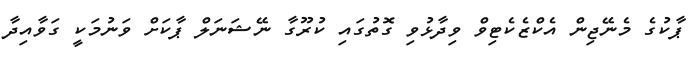
ޕާކުގެ މެނޭޖިން އެކްޒެކެޓިވް ވިދާޅުވި ގޮތުގައި ކުރޫގާ ނޭޝަނަލް ޕާކަށް ވަނުމަކީ ގަވާއިދާ